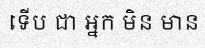
ទើប ជា អ្នក មិន មាន